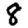
Digit: 8